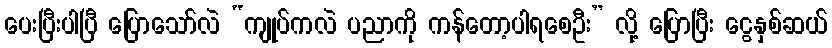
ပေးပြီးပါပြီ ပြောသော်လဲ “ကျုပ်ကလဲ ပညာကို ကန်တော့ပါရစေဦး” လို့ ပြောပြီး ငွေနှစ်ဆယ်